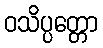
ဝသိပ္ပတ္တော